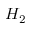
H _ { 2 }